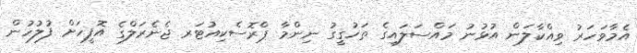
އެމާވަހަރު ވިއްކާލަން އުޅުނު މައްސަލައިގެ ތަހުގީގު ނިންމާ ޕްރޮސެކިއުޓަރ ޖެނެރަލްގެ އޮފީހަށް ފުލުހުން